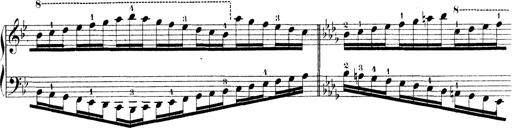
Title: Technische Studien
Composer: Franz Liszt